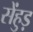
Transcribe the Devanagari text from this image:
सेंहुड़